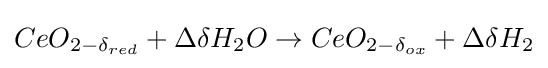
CeO_{2-\delta _{red}}+\Delta \delta H_{2}O\rightarrow CeO_{2-\delta _{ox}}+\Delta \delta H_{2}